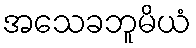
အသေခဘူမိယံ